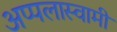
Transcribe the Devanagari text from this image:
अप्पलास्वामी